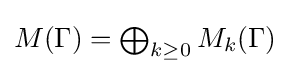
{\textstyle M(\Gamma )=\bigoplus _{k\geq 0}M_{k}(\Gamma )}